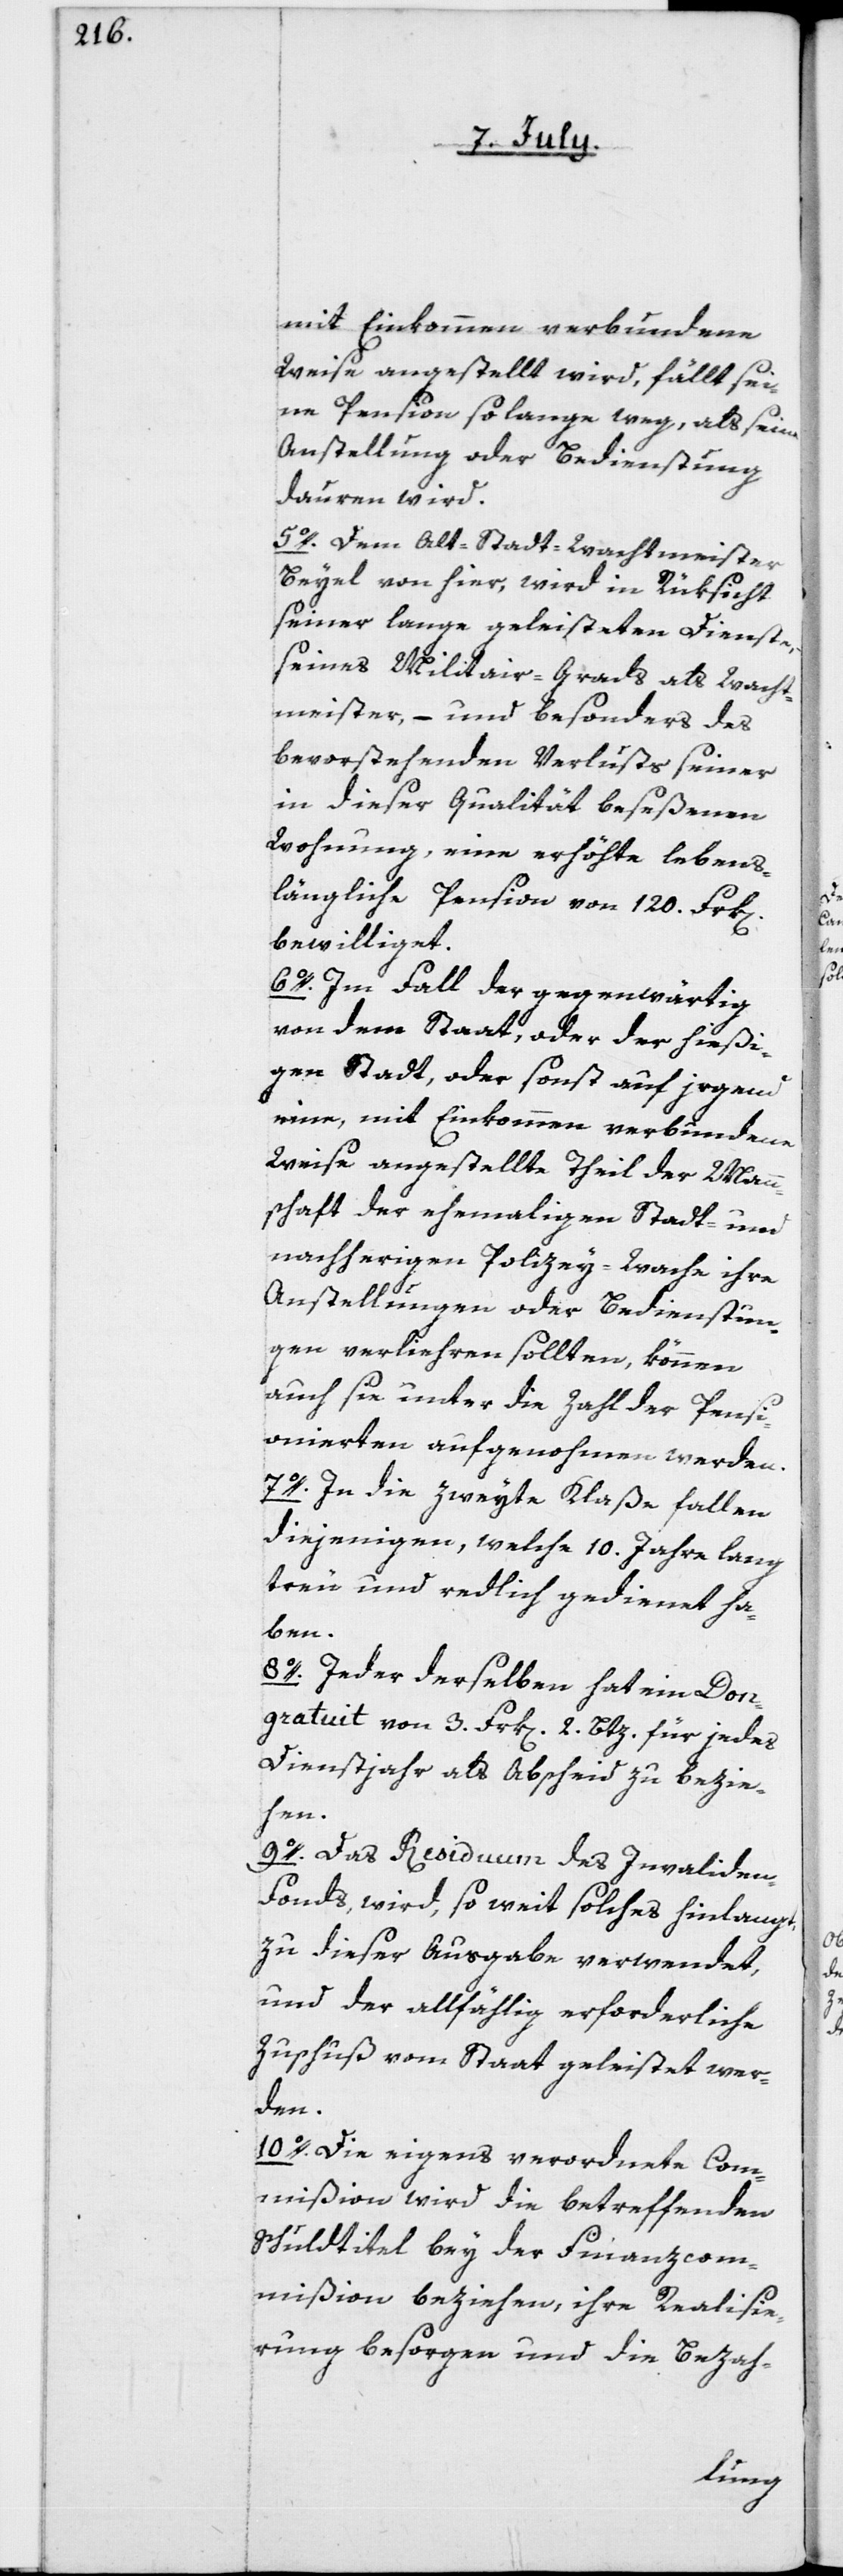
mit Einkommen verbundene
Weise angestellt wird, fällt se¬
ine Pension so lange weg, als seine
Anstellung oder Bedienstung
dauern wird.
5o. Dem Alt-Stadt-Wachtmeister
Beyel von hier, wird in Rüksicht
seiner lange geleisteten Dienste,
seines Militair-Grads als Wacht¬
meister, – und besonders des
bevorstehenden Verlusts seiner
in dieser Qualität beseßenen
Wohnung, eine erhöhte lebens¬
längliche Pension von 120.Frk[en].
bewilliget.
6o. Im Fall der gegenwärtig
von dem Staat oder der hießi¬
gen Stadt, oder sonst auf irgend
eine, mit Einkommen verbundene
Weise angestellte Theil der Mann¬
schaft der ehemaligen Stadt- und
nachherigen Polizey-Wache ihre
Anstellungen oder Bedienstun¬
gen verliehren sollten, können
auch sie unter die Zahl der Pensi¬
onierten aufgenohmen werden.
7o. In die zweyte Klaße fallen
diejenigen, welche 10. Jahre lang
treu und redlich gedienet ha¬
ben.
8o. Jeder derselben hat ein Don¬
gratuit von 3. Frk[en]. 2. Btz. für jedes
Dienstjahr als Abscheid zu bezie¬
hen.
9o. Das Residuum des Invaliden-F¬
onds, wird, so weit solches hinlangt,
zu dieser Ausgabe verwendet,
und der allfählig erforderliche
Zuschuß vom Staat geleistet wer¬
den.
10o. Die eigens verordnete Com¬
mißion wird die betreffenden
Schuldtitel bey der Finanzcom¬
mißion beziehen, ihre Realisi¬
rung besorgen und die Bezah-